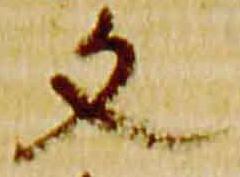
文